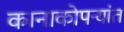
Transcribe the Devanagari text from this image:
कानाकोपऱ्यांत